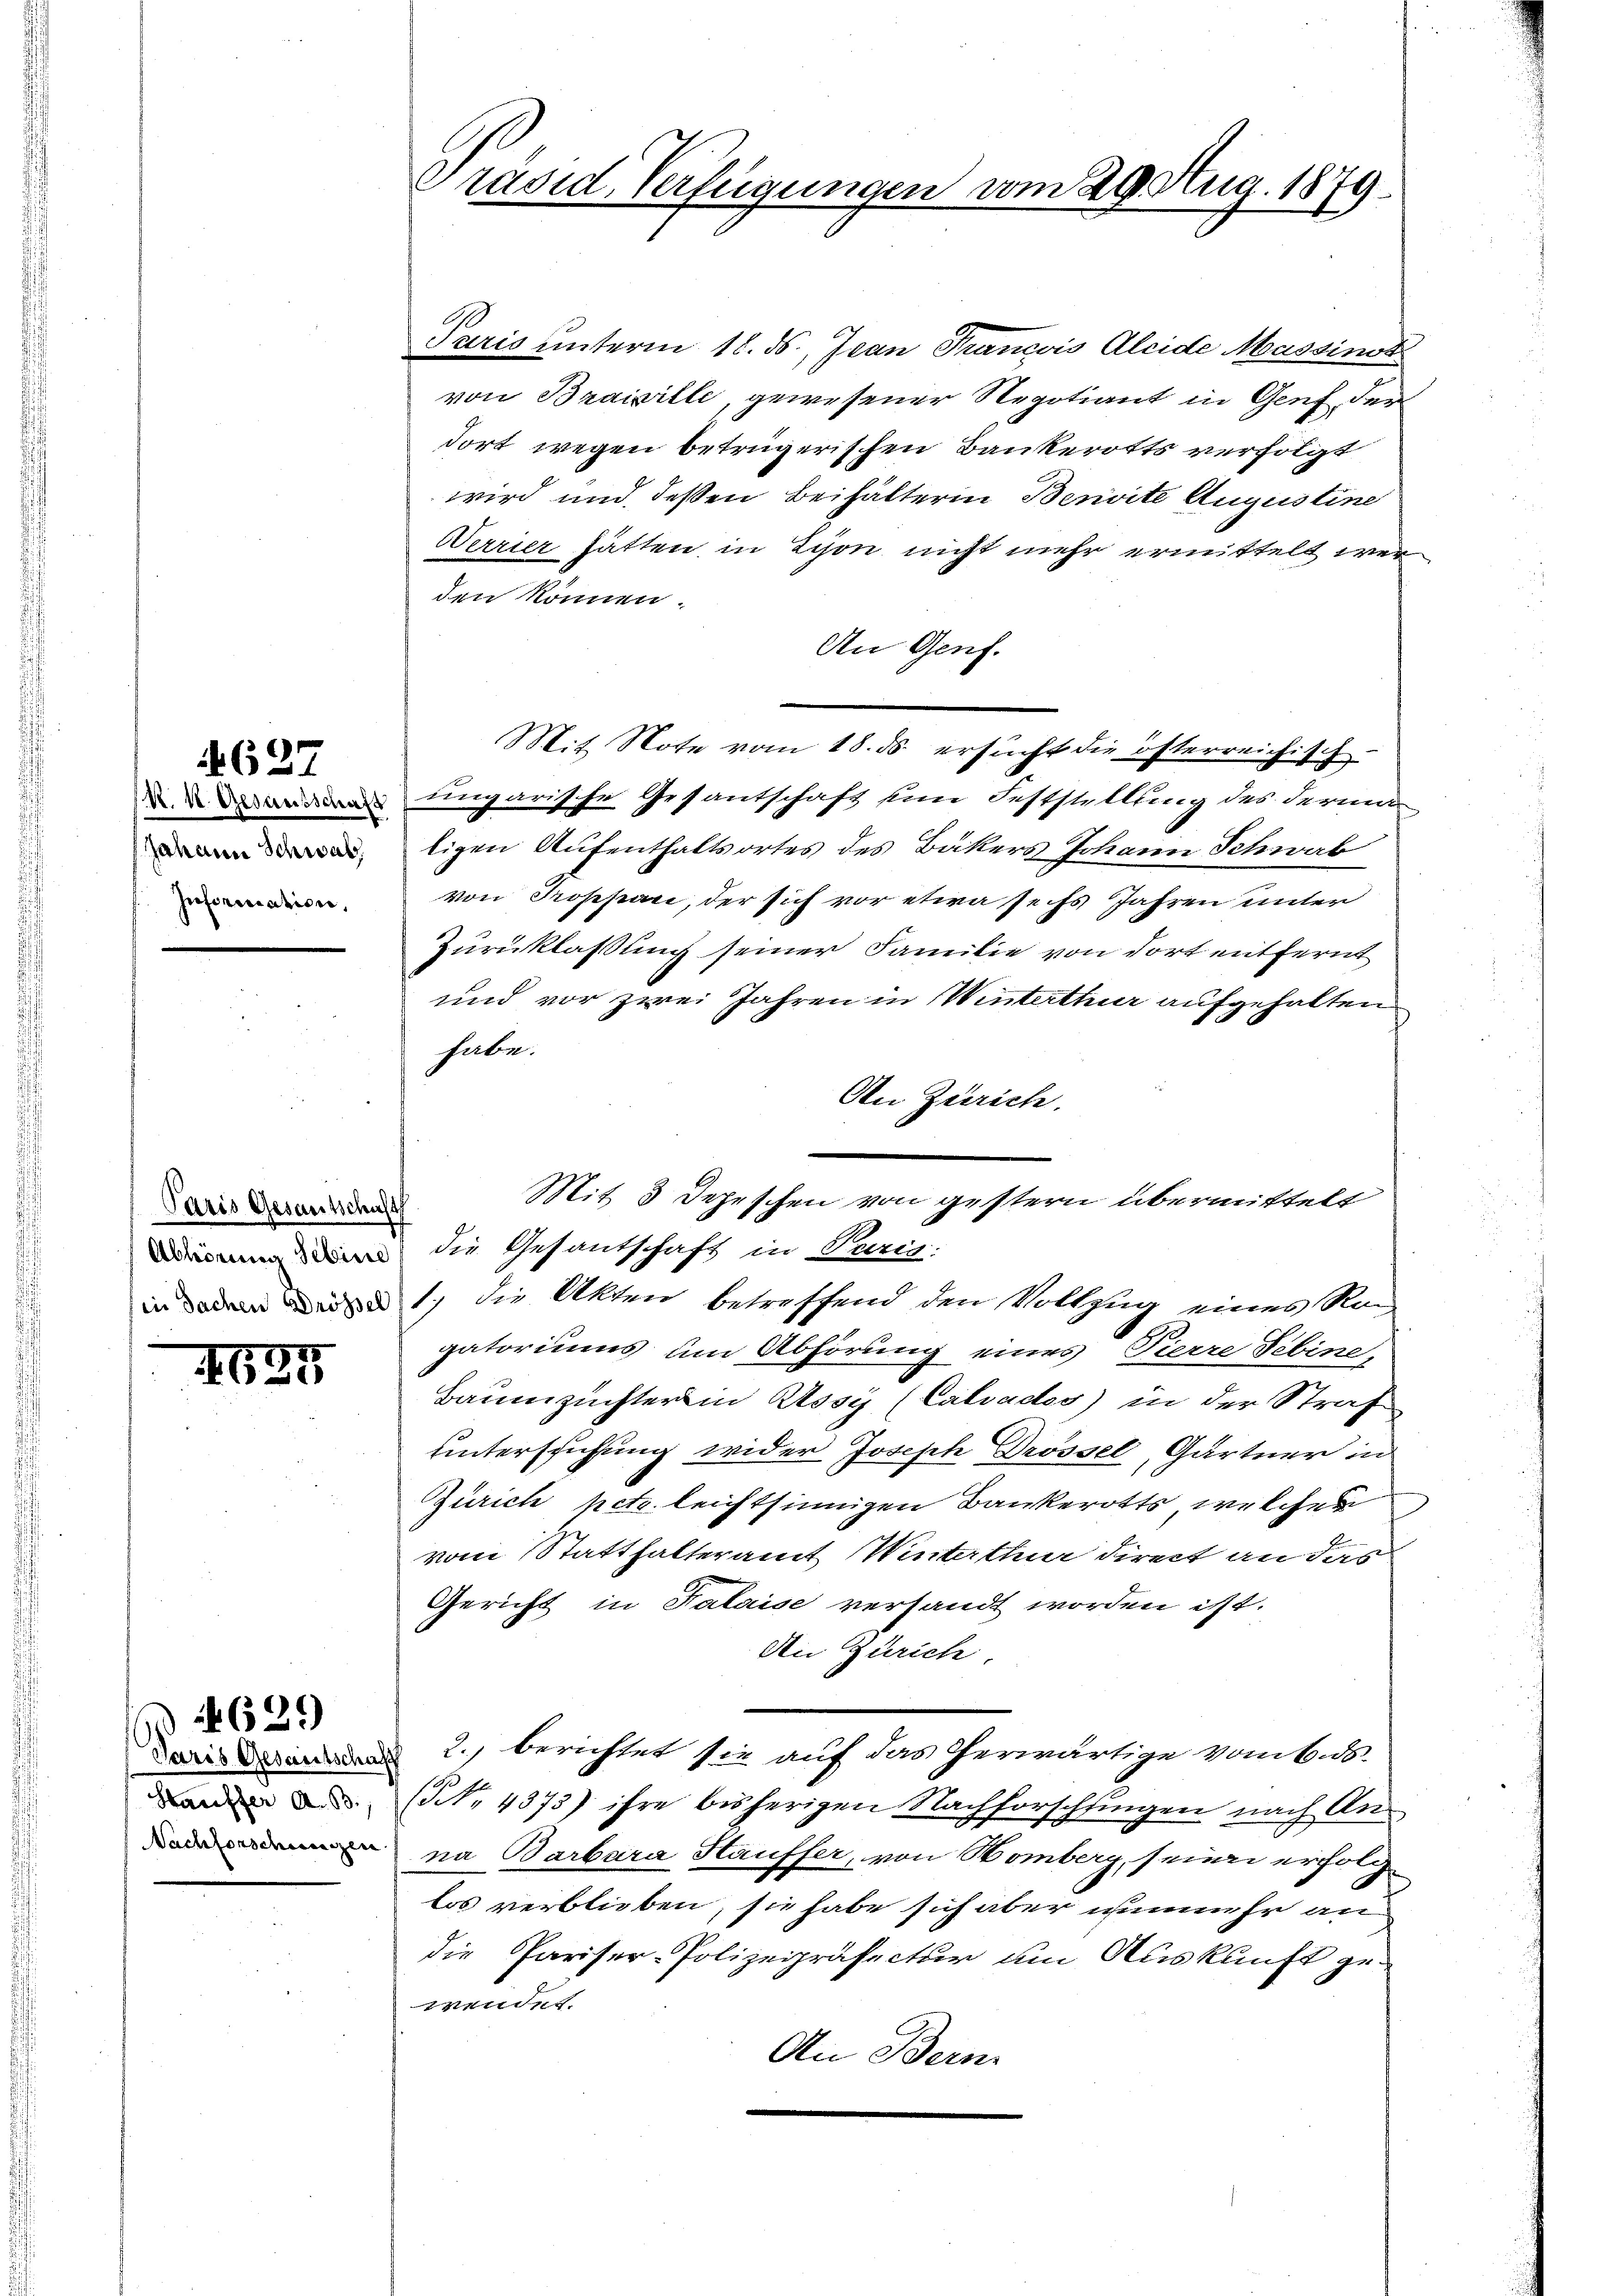
627
Johann Schwab
Inforication,

Paris Gesamtschaft

4625

Paris Gesautsch
Stauffer A. B.
Nachforschweizen

629)

Präsid. Verfügungen vom 29. Aug. 1879

Paris unterm 18. ds., Jean Francois Kleide Massinst
von Braipille, gewesener Regotiant in Genf der
dort wegen betrügerischen Bankerotts verfolgt
wird und deßen Beihälterin Benvite Augustine
Verrier hätten, in Lyon nicht mehr ermittelt werden können.
An Genf.
Mit Note vom 18. ds. ersucht die österreichisch-
lngarische Gesantschaft sein Feststellung des derma
ligen Aufenthaltsortes des Bäkers Johann Schwab
von Troppan, der sich vor etwa ses Jahren unter
Zurücklassung seiner Familie von dort entfernt
und vor zwei Jahren in Winterthur aufgehalten
habe.
An Zürich.
Mit 3 Depeschen von gestern übermittelt
Weisung in die Gesantschaft in Purig.
n 1) die Akten betreffend den Vollzug eines Ran-
gatoriums um Abhörung eines Tierre Febine
Baumzuchter in Assy (Calvades) in der Straf
untersuchung wider Joseph Drossel, Gärtner in
Zürich pct. leichtsinnigen Bankerotts, welches
vom Statthalteramt Winterthur direct an das
Gericht in Falaise versandt worden ist.
Die Zürich,
 2., berichtet sie auf das herwärtige vom 6. ds.
(No. 4373) ihre bisherigen Nachforschlingen nach Anna Barbara Stäuffer, von Homberg, seine erfolg
Los verblieben, sie habe sich aber nunmehr an
die Pariser-Polizeipräfectur um Auskunft gewendet.
An Bern